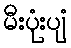
မီးပုံးပျံ